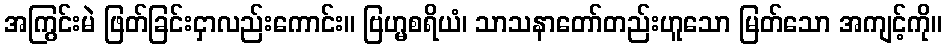
အကြွင်းမဲ ဖြတ်ခြင်းငှာလည်းကောင်း။ ဗြဟ္မစရိယံ၊ သာသနာတော်တည်းဟူသော မြတ်သော အကျင့်ကို။